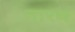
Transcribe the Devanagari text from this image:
नारथ